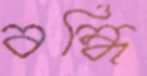
বন্ধি